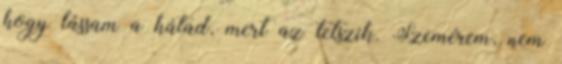
hogy lássam a hátad, mert az tetszik. Szemérem, nem